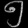
Digit: ၅